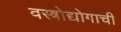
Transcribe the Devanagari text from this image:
वस्त्रोद्योगाची